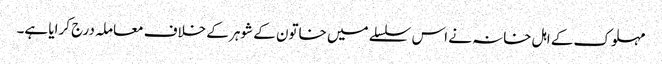
مہلوک کے اہل خانہ نے اس سلسلے میں خاتون کے شوہر کے خلاف معاملہ درج کرایا ہے۔